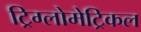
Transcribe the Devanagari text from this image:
ट्रिग्लोमेट्रिकल